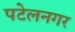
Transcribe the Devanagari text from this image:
पटेलनगर